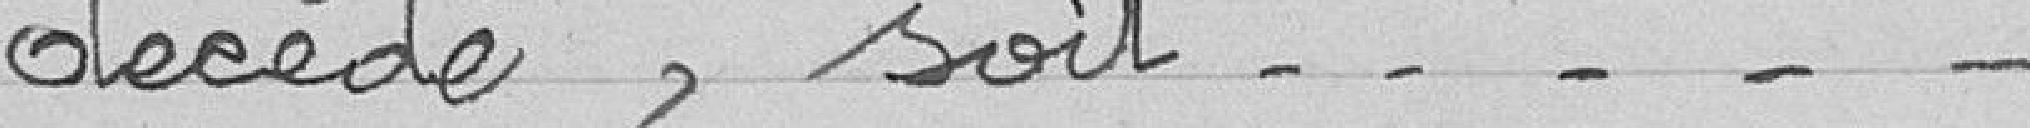
décédé, soit